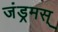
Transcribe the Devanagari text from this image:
जंड्रमस्